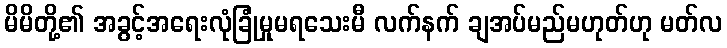
မိမိတို့၏ အခွင့်အရေးလုံခြုံမှုမရသေးမီ လက်နက် ချအပ်မည်မဟုတ်ဟု မတ်လ